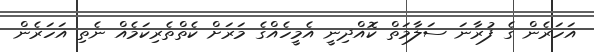
އަހަރެން ގެ ފުރާނަ ސަލާމަތް ކޮއްދިނީ އެމީހެއްގެ މަރަށް ކެތްތެރިކަމެއް ނެތި އަހަރެން